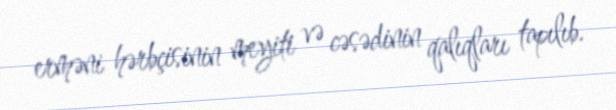
erməni hərbçisinin meyiti və cəsədinin qalıqları tapılıb.